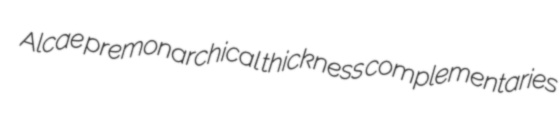
Alcae premonarchical thickness complementaries